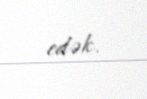
edək.